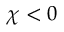
\chi < 0